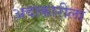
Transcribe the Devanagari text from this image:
अदाकारीला